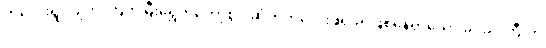
ကလေးရွဲ လျက် ကြက်မြီးရွှေကတော့စွပ် ဆံတိုကလေးဖရိုဖရဲဖြစ်နေရှာသော ခင်ခင်ကြီးကို